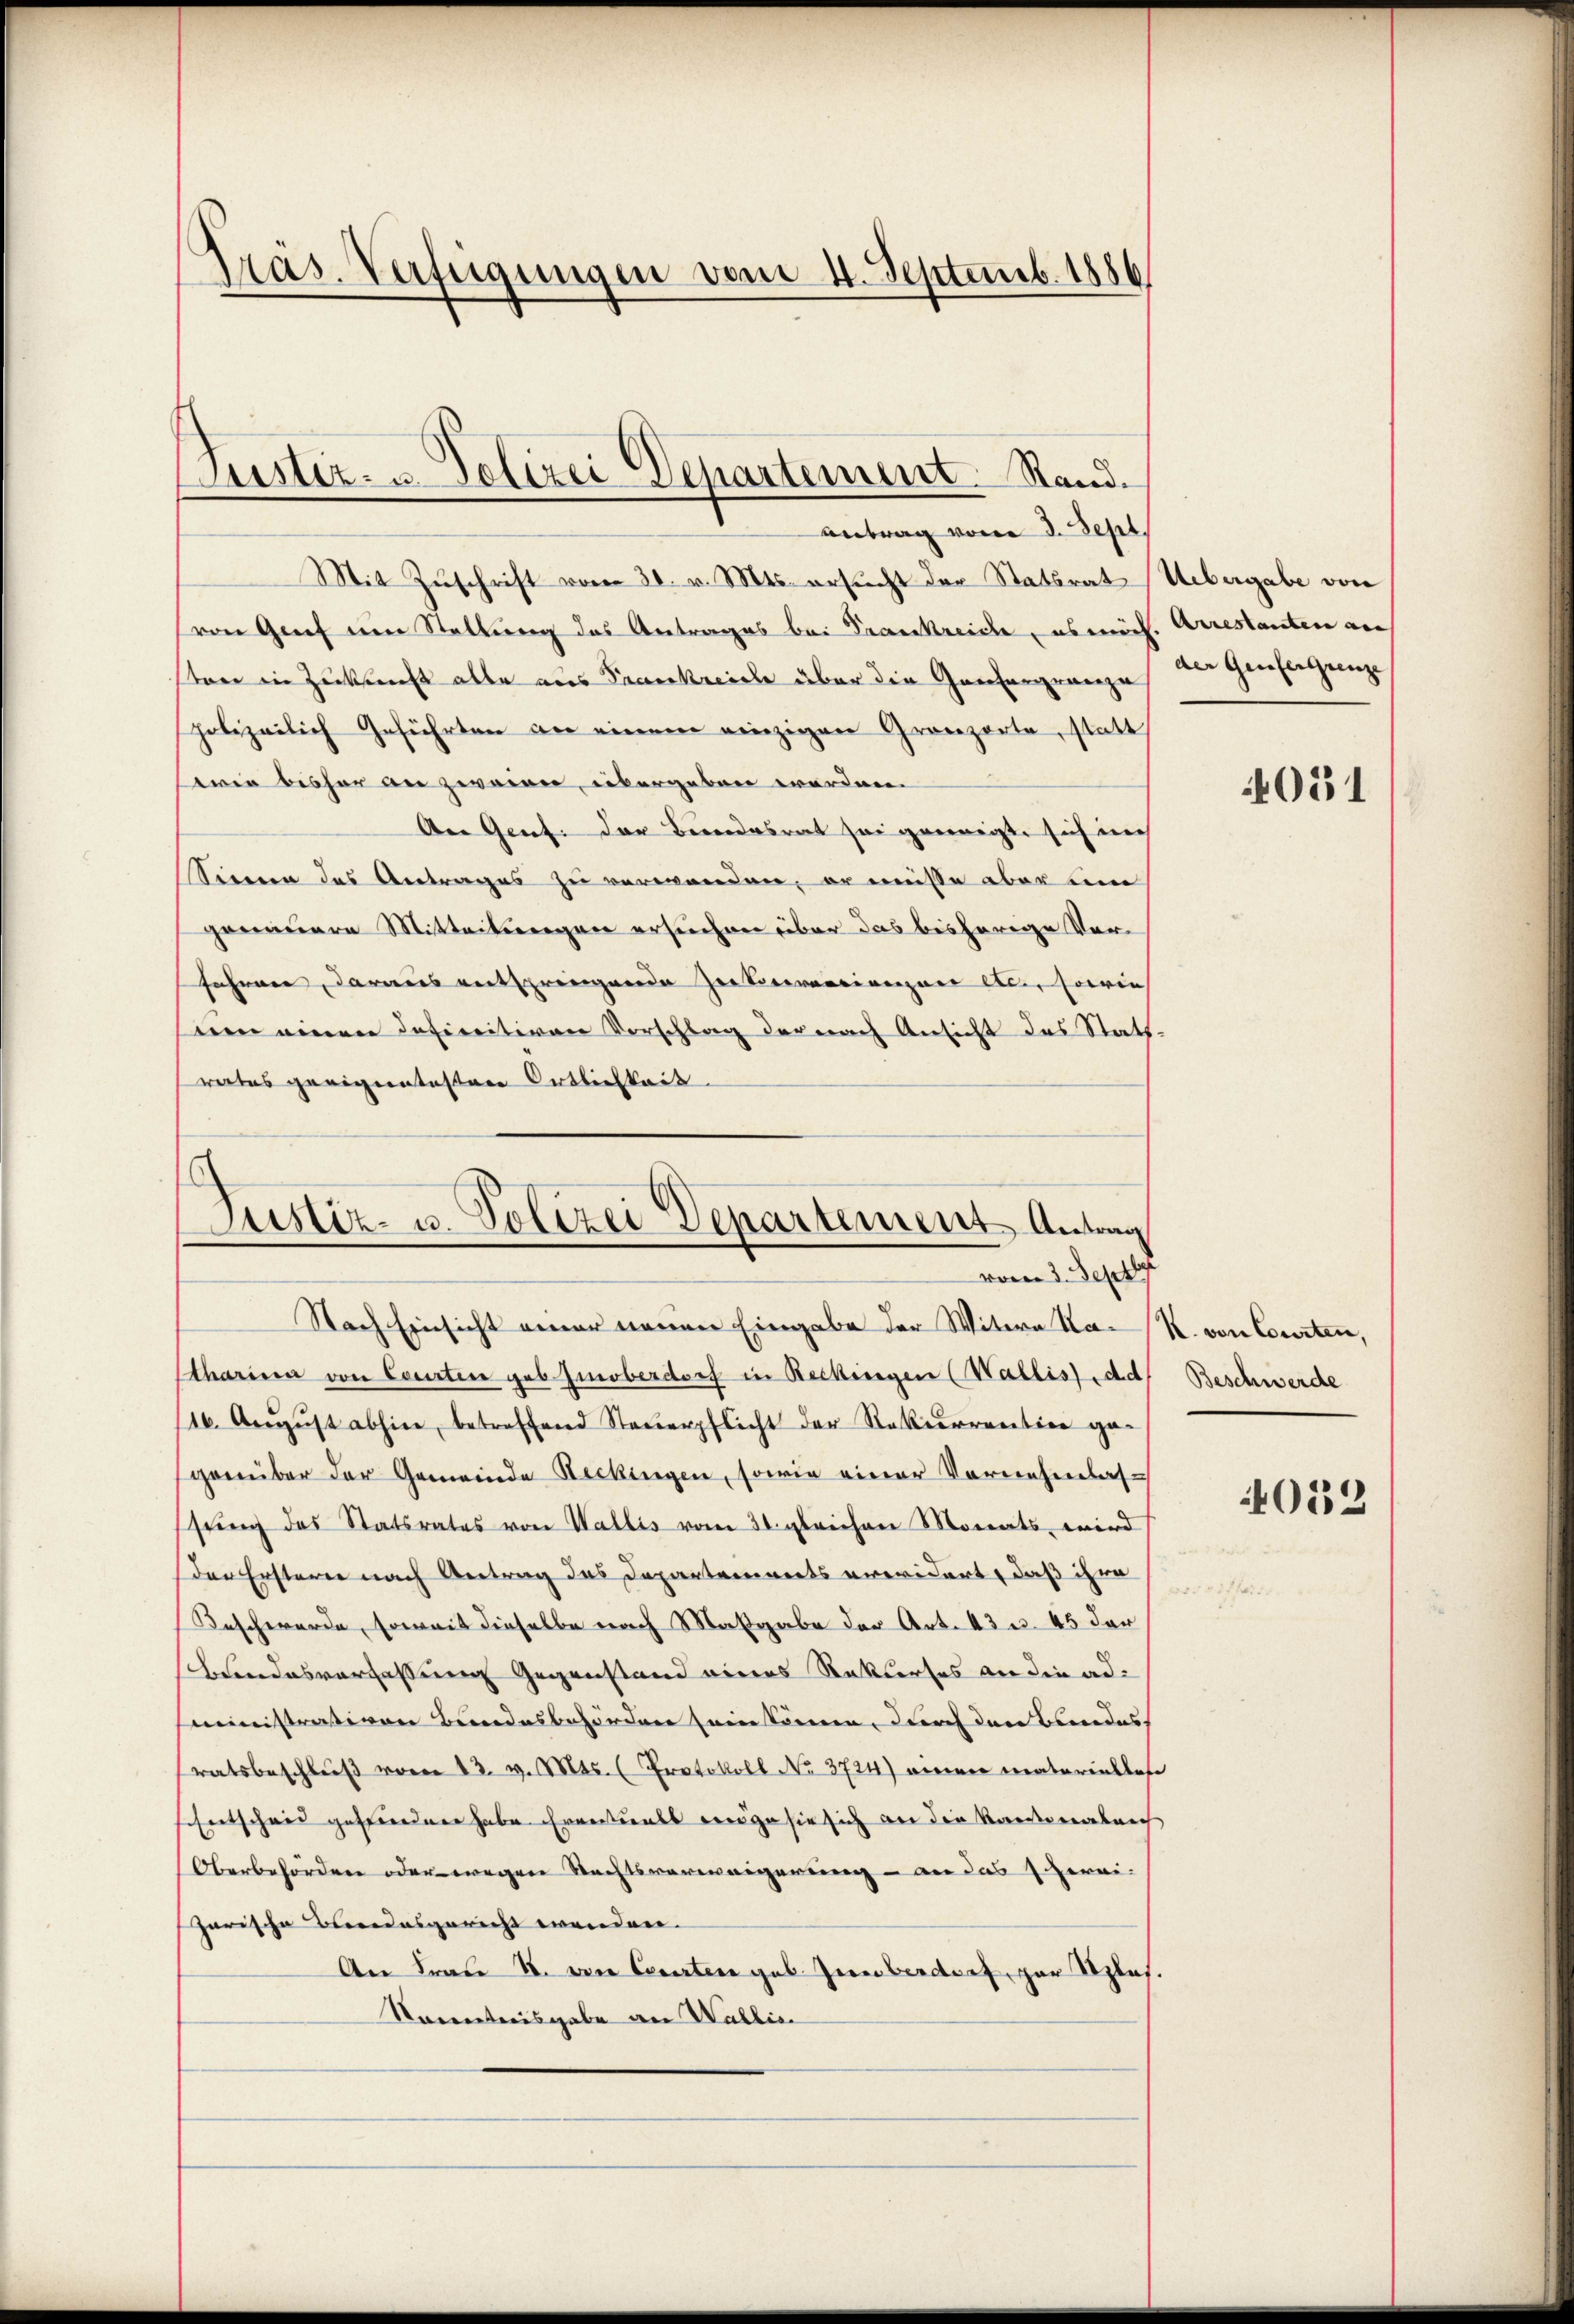
präs. Verfügungen vom 4. Septemb. 1886

Justiz- u. Polizei Departement. Rand.

antrag vom 3. Sept.
Mit Zuschrift vom 30. v. Mts. ersucht der Statsrat Uebergabe von
von Grief eine Stellung des Antrages bei Frankreiche abmach. Arrestanten auf
sten in Zukunft alle aus Frankreich über die Genfergrenze der Geneigunge
polizeilich Geführten an einem einzigen Gronzerte, statt
wie bisher an zweien, übergeben worden.
An Genf. der Bundesrat sei geeinigte sich auch
Sinne des Antrages zu verwenden, er müsse aber um
genauere Mitteilungen ersuchen über das bisherige Ver-
fahren, daraus entspringende zu Vervorrienzar es, sowie
nen einen Infinitiven Vorschlag der nach Ansicht des Stattrates geeignentesten Ortlichkeit

Justiz- u. Polizei Departement Antrag
vom 3. Septb

Nach Einsicht einer neuen Eingabe der Witwe Na- R. von Consten,
Charina von Courtei geb. Zinoberdorf in Beckingen (Wallist, de
16. Aŭgŭst abhin, betreffend Steŭerpflicht der Rekurrention ge-
genüber der Gemeinde Reckingen, sowie einer Vornehmlasstung des Statsrates von Wallis vom 31. gleichen Monats wird
Der Ersterne nach Antrag des Departements erwidert, daß ihre
Beschwerde, soweit dieselbe nach Maßgabe der Art. 43 u. 45 der
Bundesverfassung Gegenstand eines Rekurses an die administrassiven Bundesbehörden seintönen, durch den Bundes
sratsbeschluß vom 13. v. Mts. (Protokoll No 3724) einer materiellose
Entschaid gestanden habe. Eventuals eige sie sich an die Kantonalrich
Oberbehördern oder ewigene Rechtsverweigerung – an das Verei-
garische Beidesgericht wenden.
An Frau u. von Courten geb. Zum verdorf per Szlas.
Vorrentreisgabe an Wallis

051

Beschwerde

4052